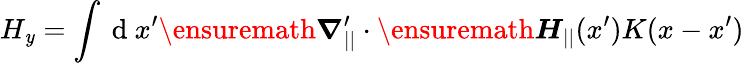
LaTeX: H_{\mathit{y}}=\int\mathrm{{~d~}}x^{\prime}\ensuremath{{\boldsymbol{\nabla}}}_{||}^{\prime}\cdot\ensuremath{{\boldsymbol{H}}}_{||}(x^{\prime})K(x-x^{\prime})